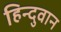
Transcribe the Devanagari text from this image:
हिन्दुवान